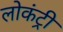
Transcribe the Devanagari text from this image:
लोकंट्री